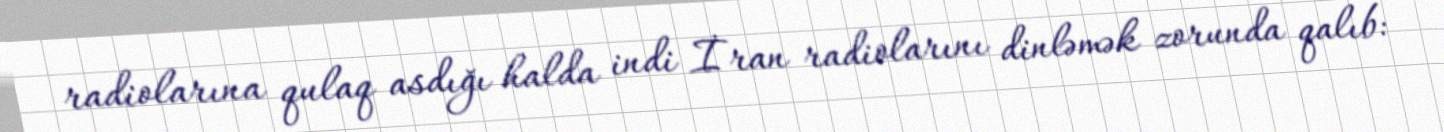
radiolarına qulaq asdığı halda indi İran radiolarını dinləmək zorunda qalıb: